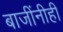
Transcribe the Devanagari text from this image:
बाजींनीही